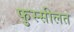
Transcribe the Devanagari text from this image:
फुस्सीलत